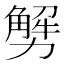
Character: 𠢲